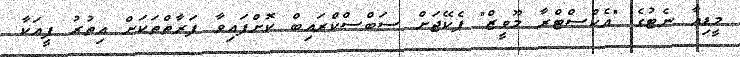
މީޑިއާ ނެޓުގެ "އެކްސްޓްރާ މޫވީޒް" ޕެކޭޖަށް ސަބްސްކްރައިބް ކޮށްފައިވާ ފަރާތްތަކަށް އިތުރު ފީއަކާ